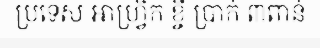
ប្រទេស អាហ្វ្រិក ខ្ចី ប្រាក់ ៣ពាន់